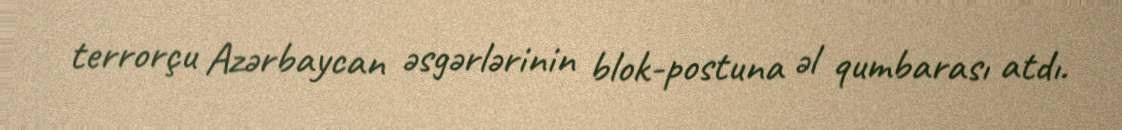
terrorçu Azərbaycan əsgərlərinin blok-postuna əl qumbarası atdı.